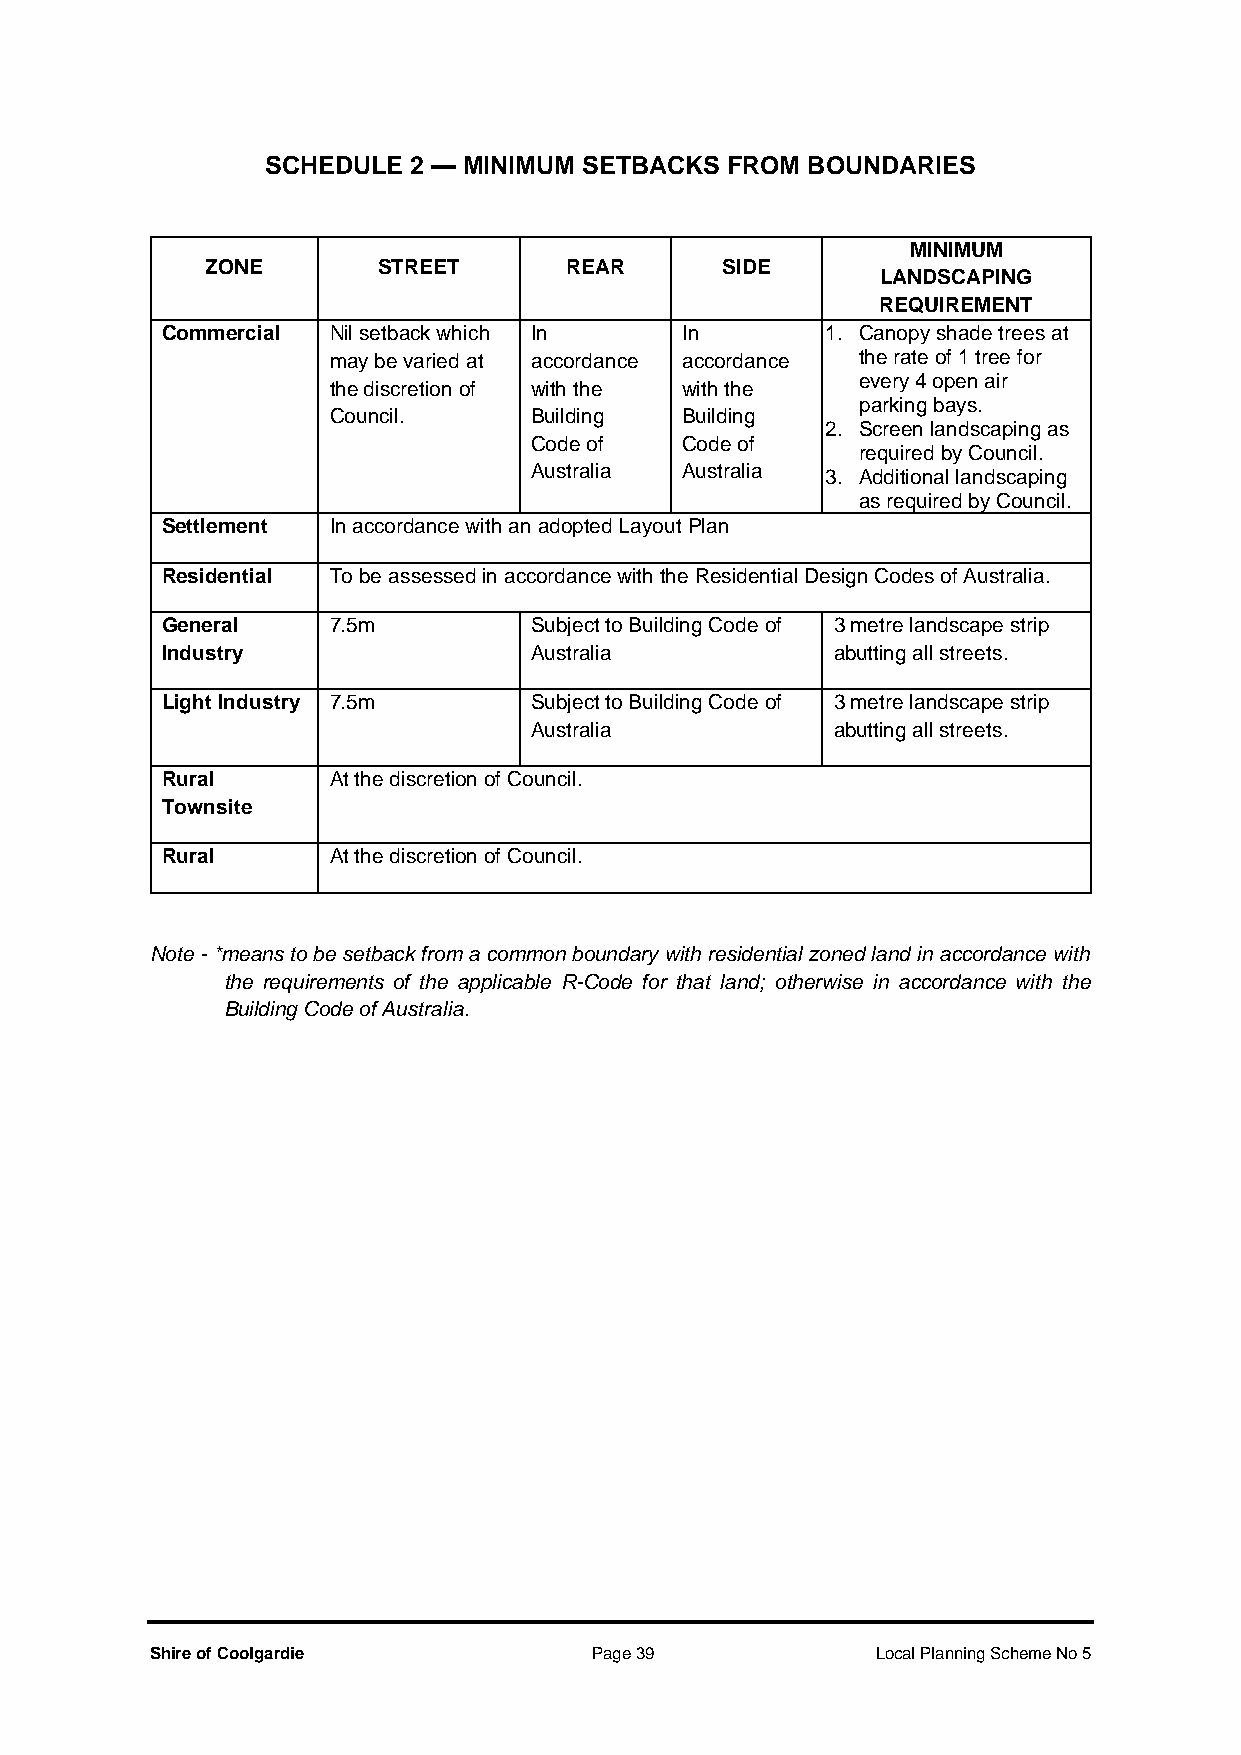
SCHEDULE 2 — MINIMUM SETBACKS FROM BOUNDARIES
 MINIMUM
 ZONE       STREET      REAR       SIDE
 LANDSCAPING
 REQUIREMENT
 Commercial Nil setback which In   In        1. Canopy shade trees at
 may be varied at accordance accordance the rate of 1 tree for
 every 4 open air
 the discretion of with the with the
 parking bays.
 Council.     Building  Building
 2. Screen landscaping as
 Code of   Code of
 required by Council.
 Australia Australia 3. Additional landscaping
 as required by Council.
 Settlement In accordance with an adopted Layout Plan
 Residential To be assessed in accordance with the Residential Design Codes of Australia.
 General    7.5m         Subject to Building Code of 3 metre landscape strip
 Industry                Australia           abutting all streets.
 Light Industry 7.5m     Subject to Building Code of 3 metre landscape strip
 Australia           abutting all streets.
 Rural      At the discretion of Council.
 Townsite
 Rural      At the discretion of Council.
 Note - *means to be setback from a common boundary with residential zoned land in accordance with
 the requirements of the applicable R-Code for that land; otherwise in accordance with the
 Building Code of Australia.
 Shire of Coolgardie          Page 39            Local Planning Scheme No 5